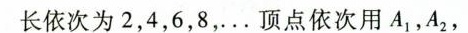
长依次为2，4，6，8，。。顶点依次用A_{1}，A_{2}，